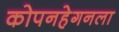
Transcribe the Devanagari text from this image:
कोपनहेगनला